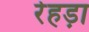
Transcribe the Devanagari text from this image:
रेहड़ा